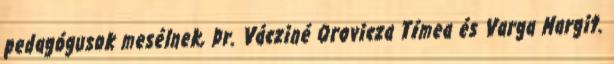
pedagógusok mesélnek, Dr. Vácziné Orovicza Tímea és Varga Margit.